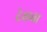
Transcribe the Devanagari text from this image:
देखवा